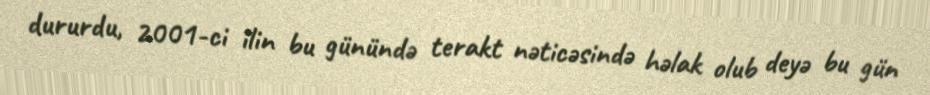
dururdu, 2001-ci ilin bu günündə terakt nəticəsində həlak olub deyə bu gün